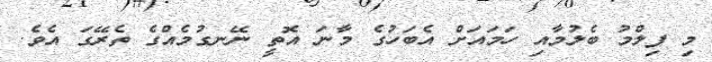
މި ފިލްމު ބެލުމާއި ހަމައަށް އެބަހުގެ މާނަ އޮތީ ނޭނގުމެއްގެ ތެރޭގަ އެވެ.